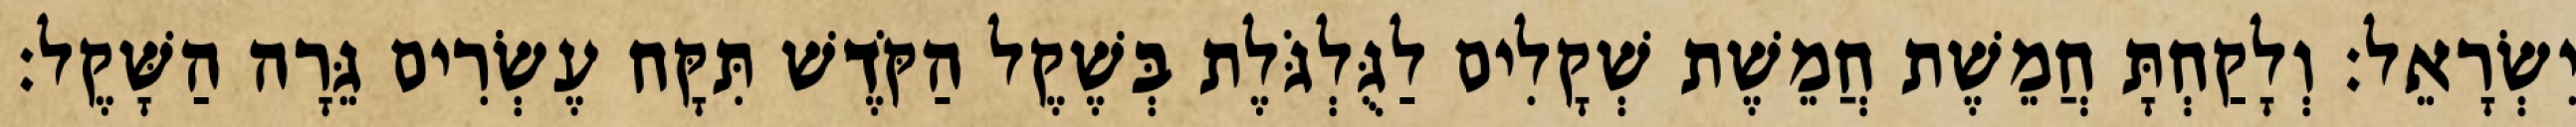
יִשְׂרָאֵל׃ וְלָקַחְתָּ חֲמֵשֶׁת חֲמֵשֶׁת שְׁקָלִים לַגֻּלְגֹּלֶת בְּשֶׁקֶל הַקֹּדֶשׁ תִּקָּח עֶשְׂרִים גֵּרָה הַשָּׁקֶל׃